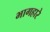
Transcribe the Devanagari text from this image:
भागहारे